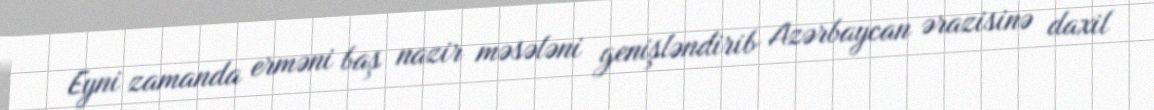
Eyni zamanda erməni baş nazir məsələni genişləndirib Azərbaycan ərazisinə daxil